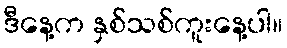
ဒီနေ့က နှစ်သစ်ကူးနေ့ပါ။